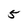
Character: 5